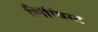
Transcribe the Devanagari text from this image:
लिंग्विस्ट